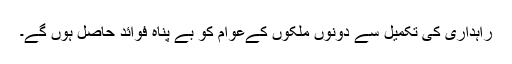
راہداری کی تکمیل سے دونوں ملکوں کےعوام کو بے پناہ فوائد حاصل ہوں گے۔